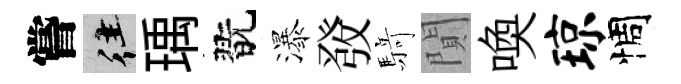
嘗往瑀翫瀑𤼲𮪍閴喚琼惆